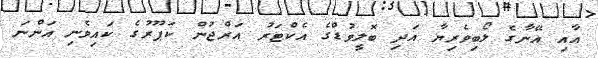
އާއި އޭނާގެ ލޯބިވެރިޔާ އަދި ބޮލީވުޑްގެ އެކްޓަރު އަރްޖުން ކަޕޫރުގެ ކައިވެނި އަންނަ